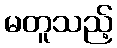
မတူသည့်